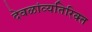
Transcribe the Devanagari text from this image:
देवळांव्यतिरिक्‍त